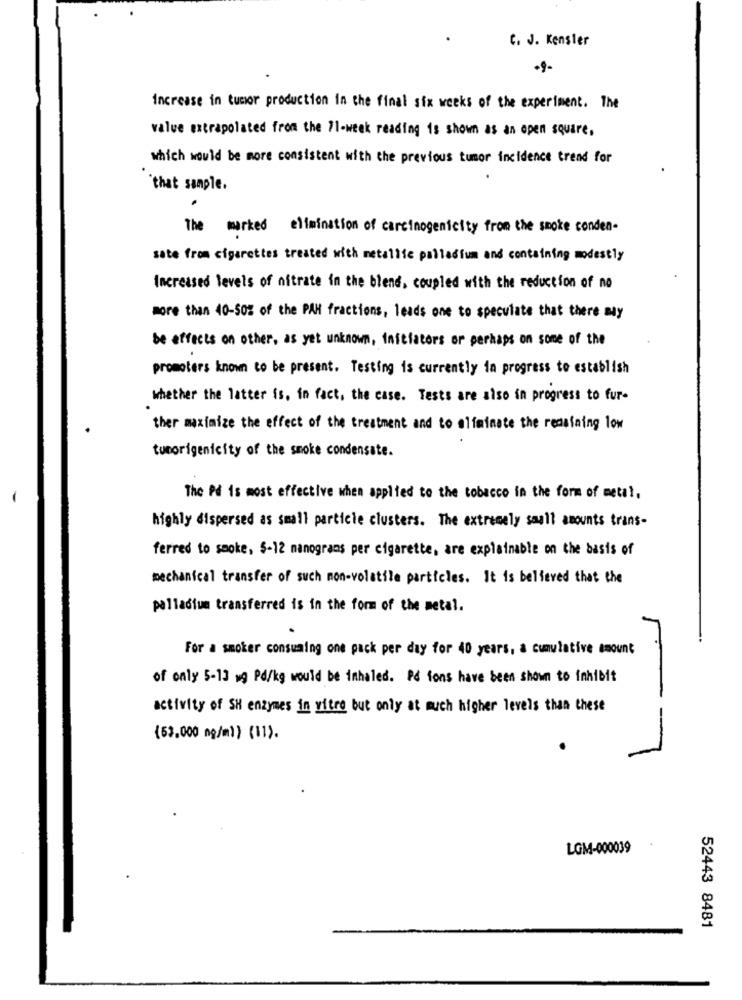
C. J. Kensler
Increase in tumor production in the final six weeks of the experiment. The
value extrapolated from the 71-week reading is shown as an open square,
which would be more consistent with the previous tumor incidence trend for
that sample.
.
The marked elimination of carcinogenicity from the smoke conden-
sate from cigarettes treated with metallic palladium and containing modestly
Increased levels of nitrate in the blend, coupled with the reduction of no
more than 40-50% of the PAN fractions, leads one to speculate that there may
be effects on other, as yet unknown, initiators or perhaps on some of the
promoters known to be present. Testing is currently in progress to establish
whether the latter is, in fact, the case. Tests are also in progress to fur-
ther maximize the effect of the treatment and to eliminate the remaining low
tumorigenicity of the smoke condensate.
The Pd is most effective when applied to the tobacco in the form of metal.
highly dispersed as small particle clusters. The extremely saall amounts trans-
ferred to smoke, 5-12 manograms per cigarette, are explainable on the basis of
mechanical transfer of such non-volatile particles. It is believed that the
palladium transferred is in the form of the metal.
For a smoker consuming one pack per day for 40 years, a cumulative amount
of only 5-13 wg Pd/kg would be inhaled. På fons have been shown to inhibit
activity of SH enzymes in vitro but only at much higher levels than these
(53,000 ng/ml) (11).
LGM-000039
52443 8481